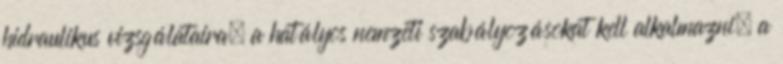
hidraulikus vizsgálataira, a hatályos nemzeti szabályozásokat kell alkalmazni. a